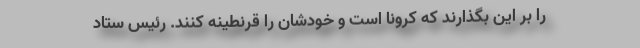
را بر این بگذارند که کرونا است و خودشان را قرنطینه کنند. رئیس ستاد